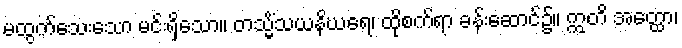
မထွက်သေးသော မင်းရှိသော။ တသ္မိံသယနိဃရေ၊ ထိုစက်ရာ ခန်းဆောင်၌။ ဣတိ အတ္ထော၊